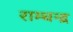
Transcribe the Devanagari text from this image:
राम्चन्द्र